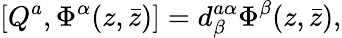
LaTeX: [Q^{a},\Phi^{\alpha}(z,\bar{z})]=d_{\beta}^{a\alpha}\Phi^{\beta}(z,\bar{z}),